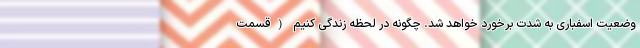
وضعیت اسفباری به شدت برخورد خواهد شد. چگونه در لحظه زندگی کنیم (قسمت